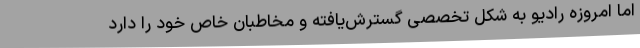
اما امروزه رادیو به شکل تخصصی گسترش‌یافته و مخاطبان خاص خود را دارد